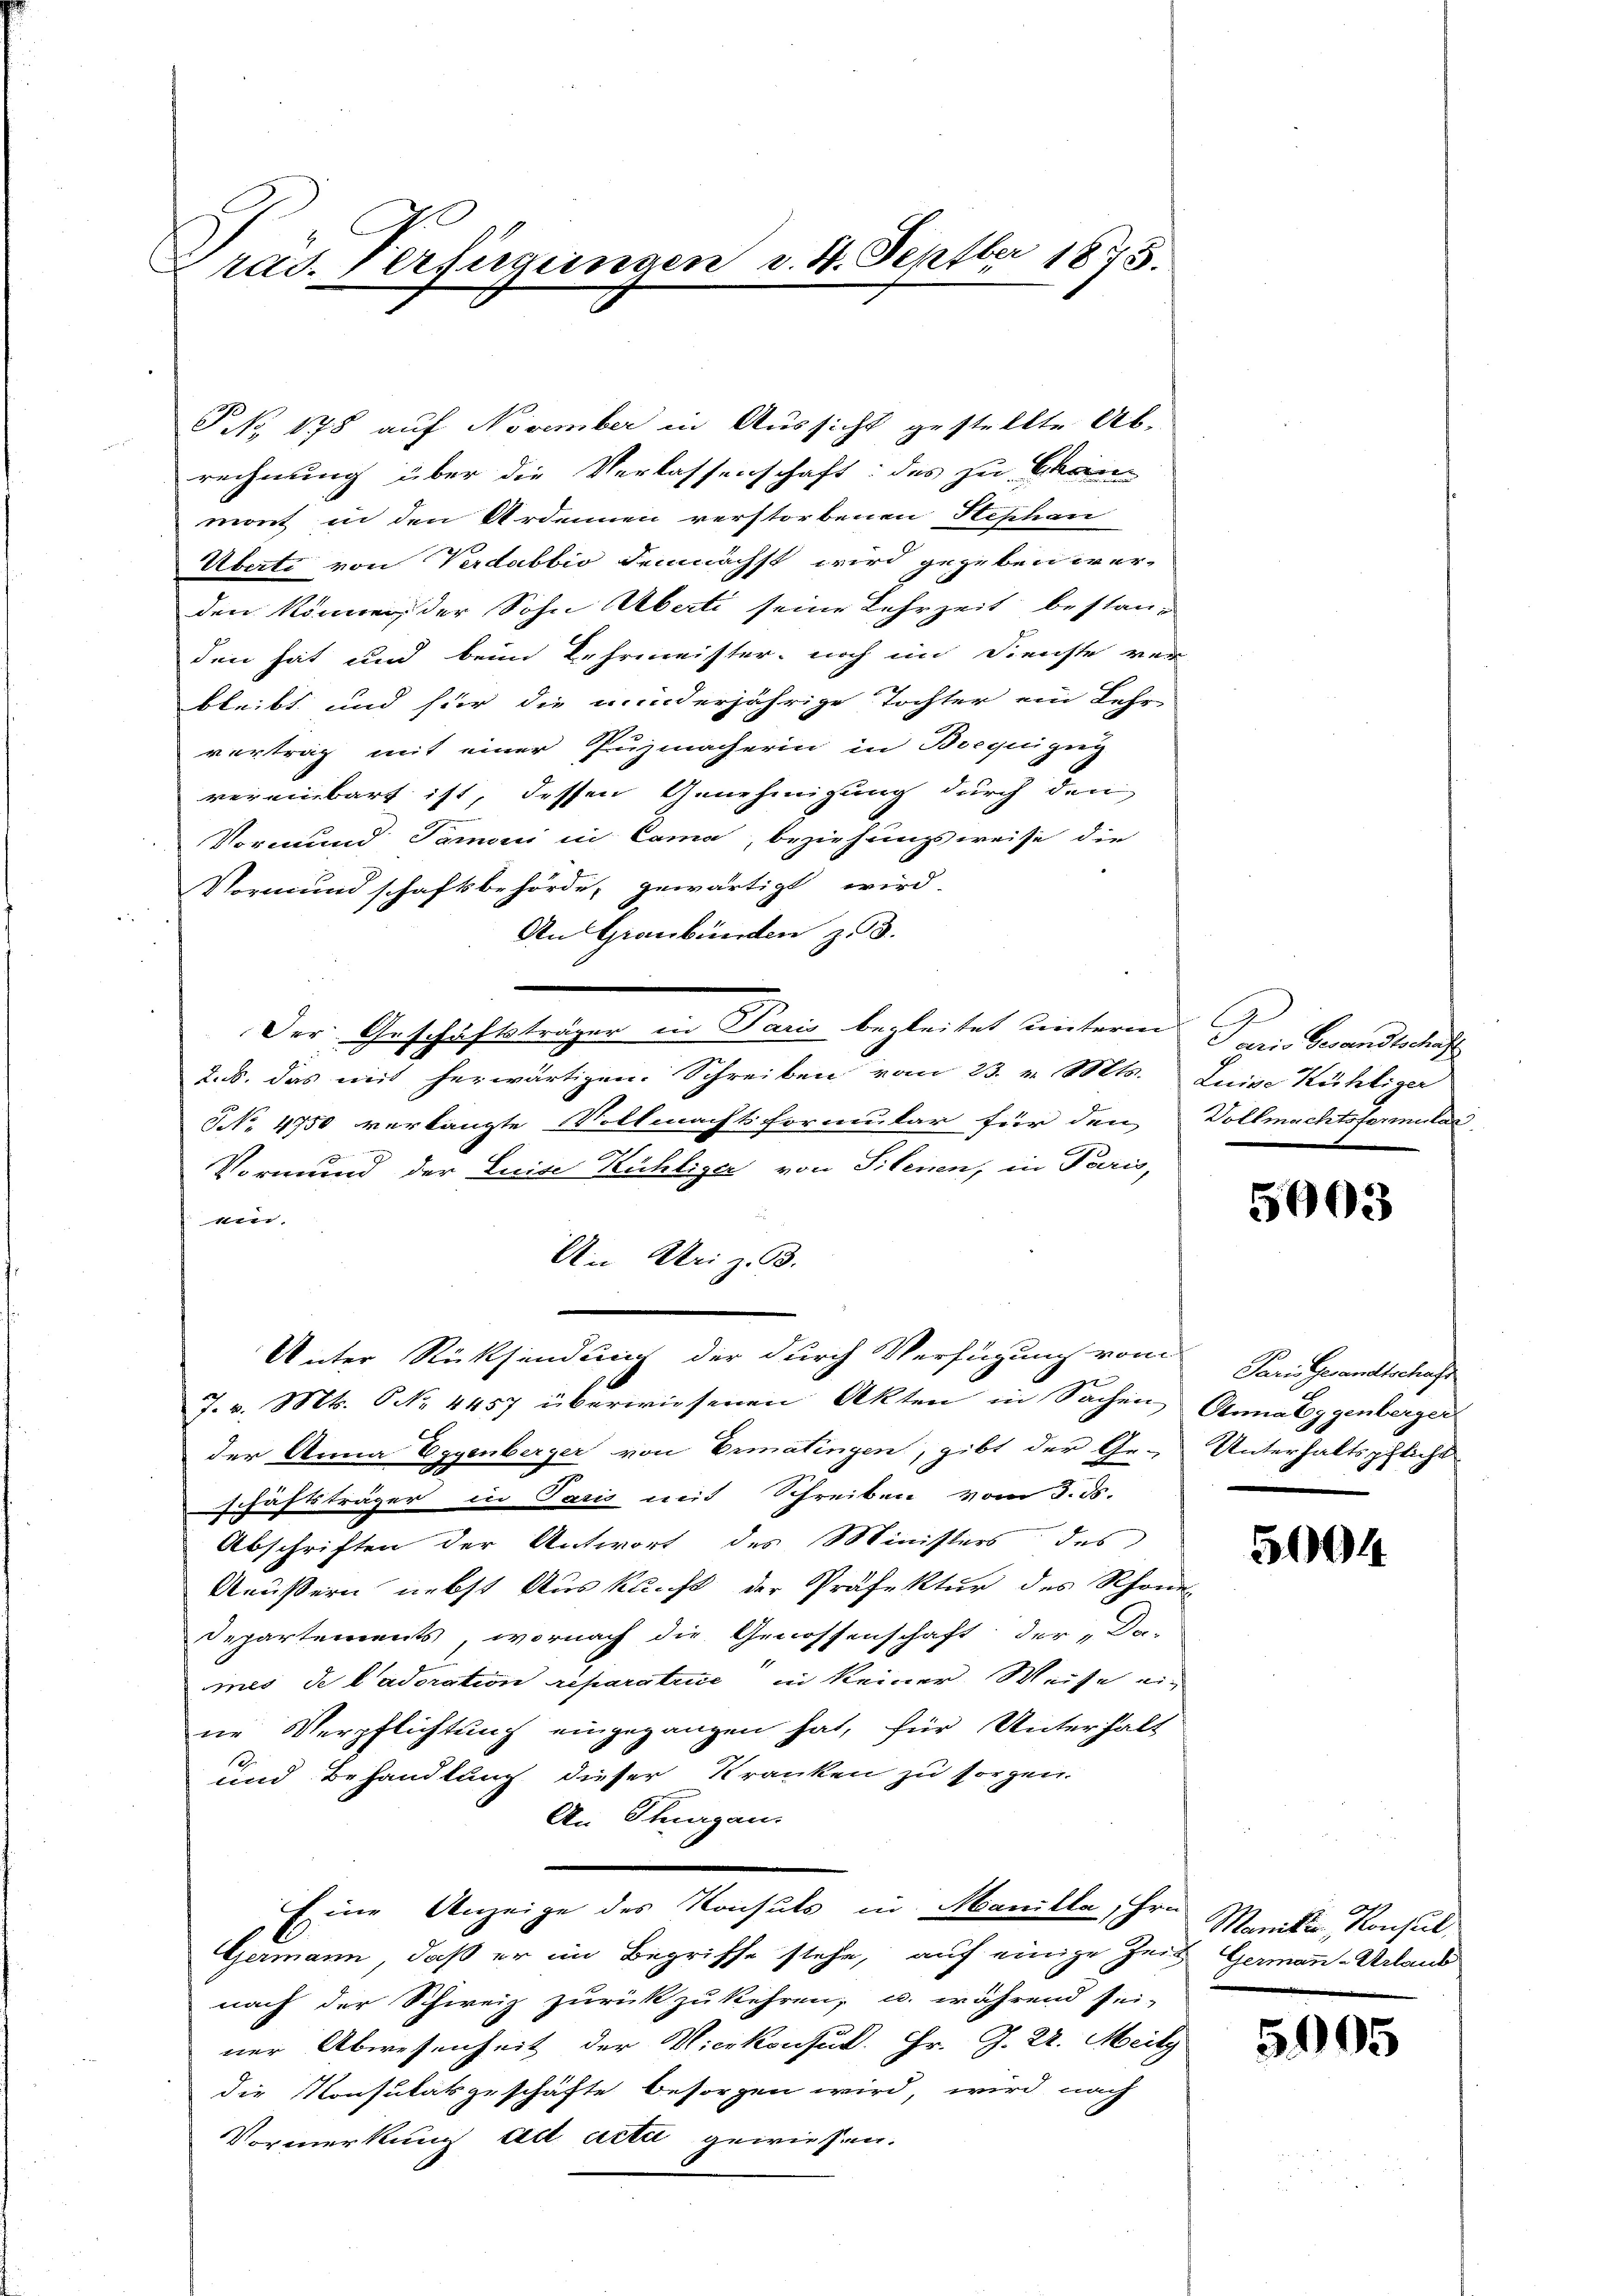
rad. Verfügungen v. 4. Septbr 1873.

PNNo. 178 auf November in Aussicht gestellte Ab-
rechnung über die Verlassenschaft: des zu Chan
mont in den Ardonnen verstorbenen Hephan
Überti von Verdabbio demnächst wird gegeben wer-
den können, der Sohn Aberti seine Lehrzeit bestanden hat und beim Lehrmeister, noch im Dienste vor
bleibt und für die minderjährige Tochter ein Lehr
vertrag mit einer Puzmacherin in Bocquigug
vereinbart ist, dessen Genehmigung durch den
Vormund Tamoni in Cama, beziehungsweise die
Vormundschaftsbehörde, gewärtigt wird.
An Graubünden zu 3.
Der Geschäftsträger in Paris begleitet unterm Bewandtschrich
J.ds. das mit herwärtigen. Schreiben vom 23. v. Mts.
NNo. 4750 verlangte Vollmachtsformular für den
Vormund der Luise Kuhliger von Silenen, in Paris,
ein.
An Uri z. B.
Unter Rücksendung der durch Verfügung vom Paris Gesandtschaft
J. v. Mts. No. 4457 überwiesenen Akten in Sachen Annalggenberger
der Anna Eggenberger von Ermatingen, gibt der Ge- Unterhaltspflicht
schäftsträger in Paris mit Schreiben vom 3. ds.
Abschriften der Antwort des Ministers des
Aeussern nebst Auskunft der Präfektur des Rhone
Departements, wornach die Genossenschaft der „Da-
mes de l’adoration reparative in keiner Weise in
ne Verpflichtung eingegangen hat, für Unterhalt
12.
und Behandlung dieser Kranken zu sorgen.
An Thurgau.
Eine Anzeige des Konsuls in Manille, Hrn.
Germann, daß er im Begriffe stehe, auf einige Zeit Germann-Urlaud
nach der Schweiz zurückzukehren, u. während sei-
ner Abwesenheit der Vicekonsud. Hr. J. U. Meilg
die Konsulatsgeschäfte besorgen wird, wird nach
Vormerkung ad acta gewiesen.

A
Luino Kählige
Vollmachtsformular

5003

3004

Maniker, Konsul

5905